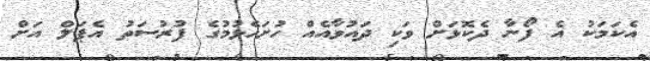
އެކަމަކު އެ ފޯނާ ދެކޮޅަށް ވަކި ދައުވާއެއް ހުށަހެޅުމުގެ ފުރުސަތު އެޕަލް އަށް